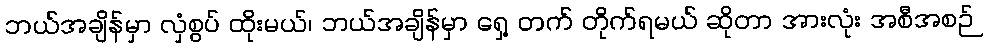
ဘယ်အချိန်မှာ လှံစွပ် ထိုးမယ်၊ ဘယ်အချိန်မှာ ရှေ့ တက် တိုက်ရမယ် ဆိုတာ အားလုံး အစီအစဉ်